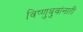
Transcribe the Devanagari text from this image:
विष्णुबुवांनाही